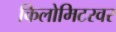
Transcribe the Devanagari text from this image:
किलोमिटरवर